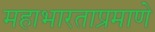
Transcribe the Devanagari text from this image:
महाभारताप्रमाणे